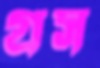
গ্রস